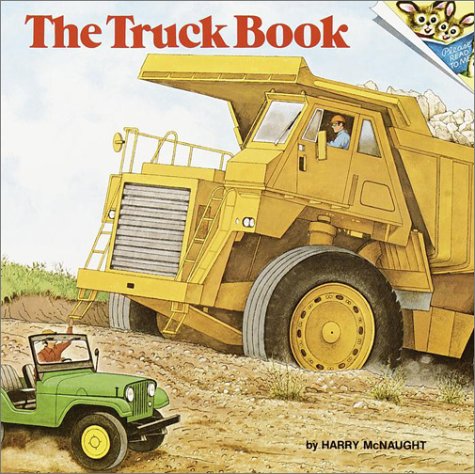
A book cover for The Truck Book; Harry McNaught; Engineering & Transportation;